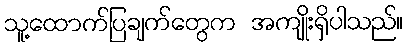
သူ့ထောက်ပြချက်တွေက အကျိုးရှိပါသည်။